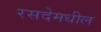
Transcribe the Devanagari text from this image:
रसदेमधील